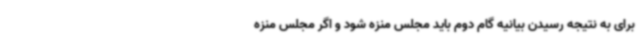
برای به نتیجه رسیدن بیانیه گام دوم باید مجلس منزه شود و اگر مجلس منزه